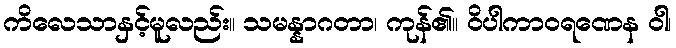
ကိလေသာနှင့်မူလည်း။ သမန္နာဂတာ၊ ကုန်၏။ ဝိပါကာဝရဏေန ဝါ၊